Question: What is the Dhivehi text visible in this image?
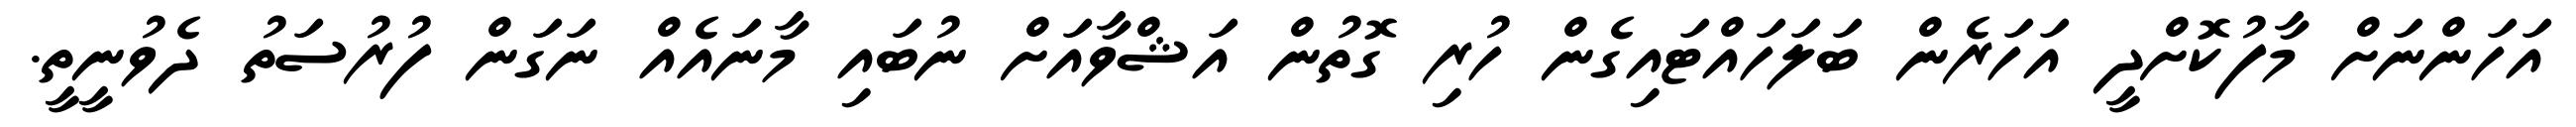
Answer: އަހަންނަށް މާފުކޮށްދީ އަހަރެން ބަލަހައްޓައިގެން ހުރި ގޮތުން އަޝްވާއަށް ނުބައި މާނައެއް ނަގަން ފުރުސަތު ދެވުނީތީ.